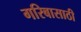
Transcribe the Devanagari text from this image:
गरिबासाठी